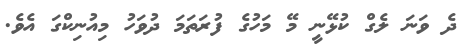
ދެ ވަނަ ލެގް ކުޅޭނީ މޭ މަހުގެ ފުރަތަމަ ދުވަހު މިއުނިކްގަ އެވެ.